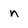
Character: n